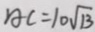
A C = 1 0 \sqrt { 1 3 }